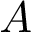
A